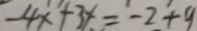
- 4 x + 3 x = - 2 + 9